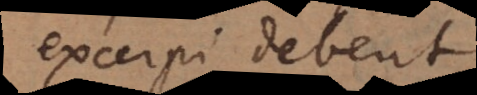
excerpi debent